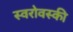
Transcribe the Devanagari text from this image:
स्वरोवस्की